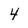
Character: 4